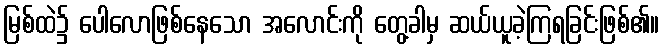
မြစ်ထဲ၌ ပေါလောဖြစ်နေသော အလောင်းကို တွေ့ခါမှ ဆယ်ယူခဲ့ကြရခြင်းဖြစ်၏။